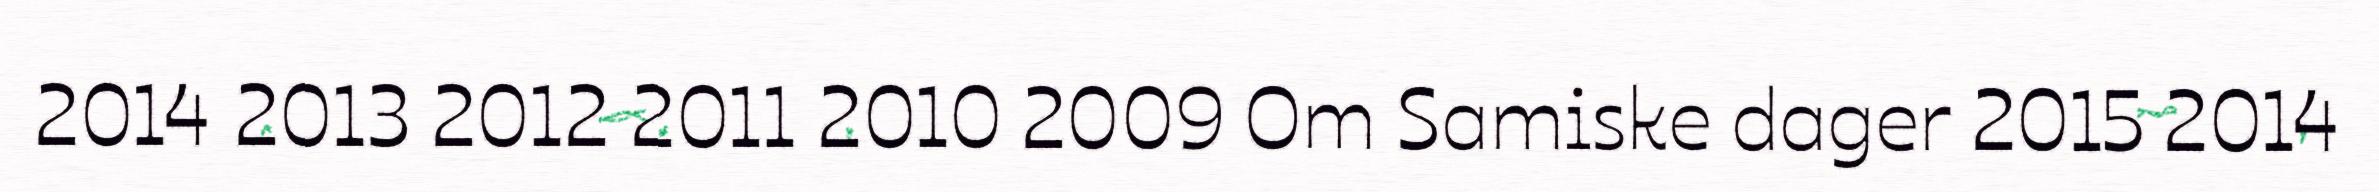
2014 2013 2012 2011 2010 2009 Om Samiske dager 2015 2014